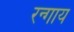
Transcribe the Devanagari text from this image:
रन्गाय